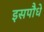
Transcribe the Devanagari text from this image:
इसपौधे